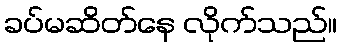
ခပ်မဆိတ်နေ လိုက်သည်။